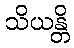
သိယန္တိ